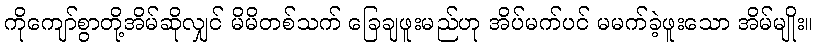
ကိုကျော်စွာတို့အိမ်ဆိုလျှင် မိမိတစ်သက် ခြေချဖူးမည်ဟု အိပ်မက်ပင် မမက်ခဲ့ဖူးသော အိမ်မျိုး။